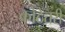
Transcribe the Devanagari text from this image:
कोठेंतरी